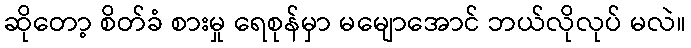
ဆိုတော့ စိတ်ခံ စားမှု ရေစုန်မှာ မမျောအောင် ဘယ်လိုလုပ် မလဲ။